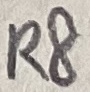
Text: R8